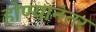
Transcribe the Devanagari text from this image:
होण्यानंतर